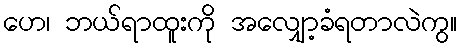
ဟေ၊ ဘယ်ရာထူးကို အလျှော့ခံရတာလဲကွ။